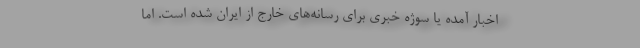
اخبار آمده يا سوژه خبري براي رسانه‌هاي خارج از ايران شده است. اما